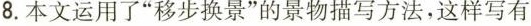
8.本文运用了“移步换景”的景物描写方法，这样写有